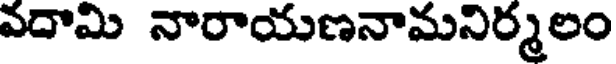
వదామి నారాయణనామనిర్మలం